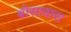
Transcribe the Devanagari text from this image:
बोसावास